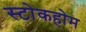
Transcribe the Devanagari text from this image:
स्टोकहोम